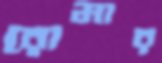
রোমার